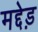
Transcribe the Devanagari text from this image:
मद्देड़